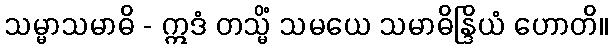
သမ္မာသမာဓိ - ဣဒံ တသ္မိံ သမယေ သမာဓိန္ဒြိယံ ဟောတိ။